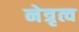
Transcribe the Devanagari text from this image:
नेत्रृत्व